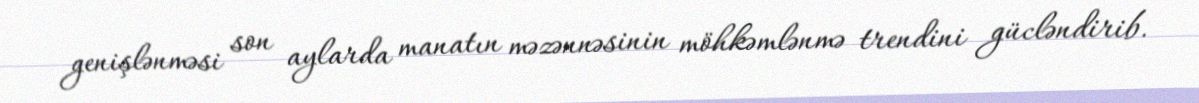
genişlənməsi son aylarda manatın məzənnəsinin möhkəmlənmə trendini gücləndirib.